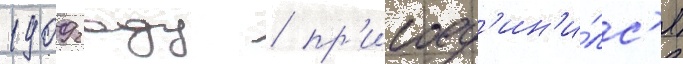
1909 году / пр'исоед'ин'и́лс'я